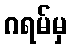
ဂရမ်မှ